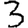
Digit: 3